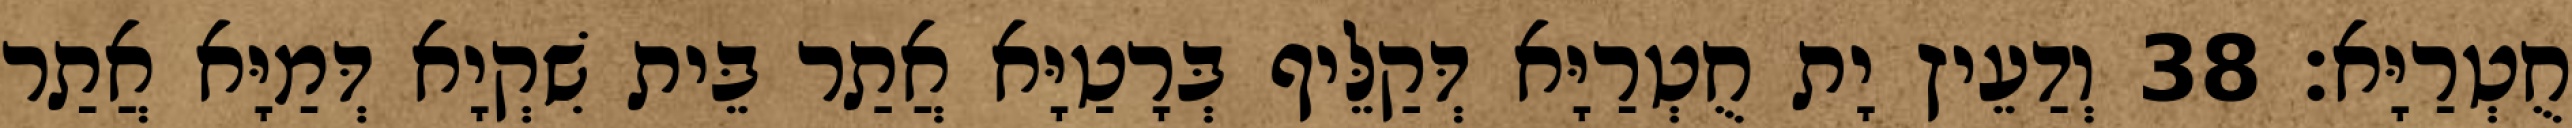
חֻטְרַיָּא׃ 38 וְדַעֵיץ יָת חֻטְרַיָּא דְּקַלֵּיף בְּרָטַיָּא אֲתַר בֵּית שִׁקְיָא דְּמַיָּא אֲתַר